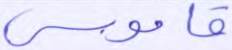
قاموس